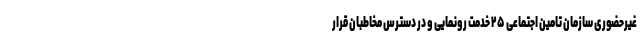
غیرحضوری سازمان تامین اجتماعی ۲۵ خدمت رونمایی و در دسترس مخاطبان قرار